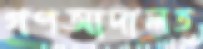
গণআদালত